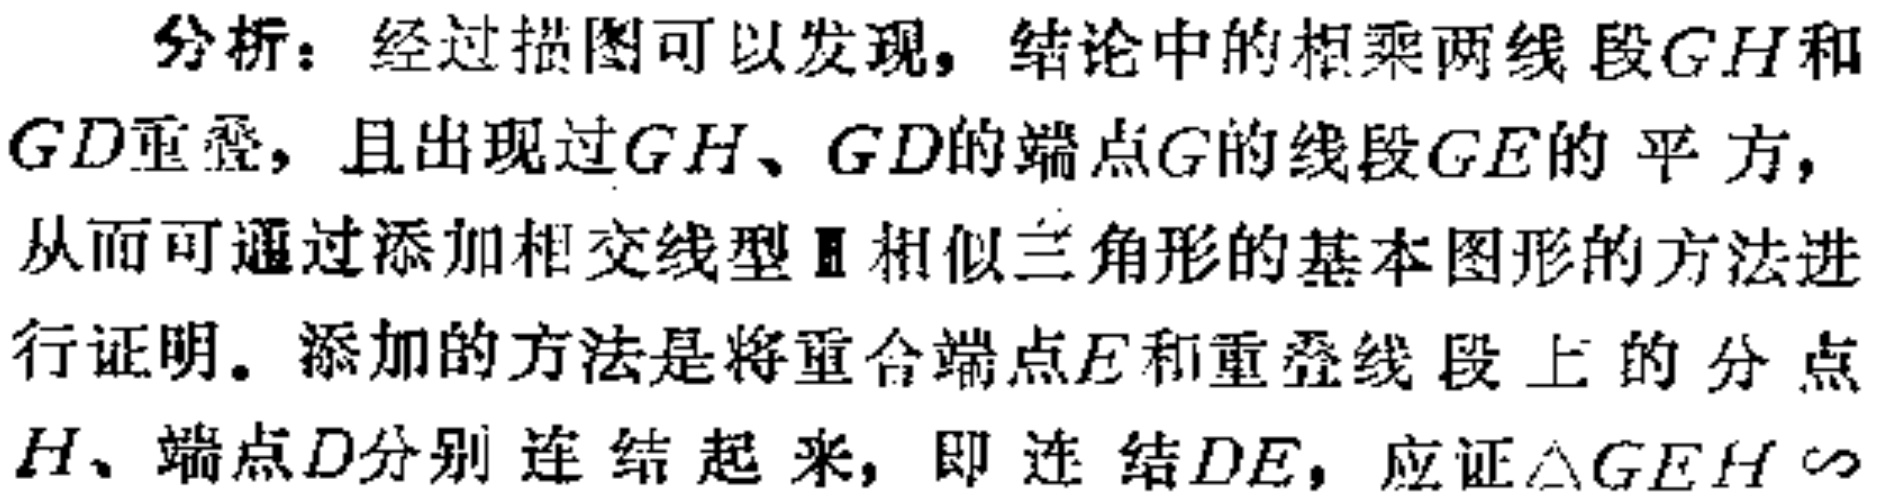
分析：经过描图可以发现，结论中的相乘两线段\(GH\)和\(GD\)重叠，且出现过\(GH\)、\(GD\)的端点\(G\)的线段\(GE\)的平方，从而可通过添加相交线型Ⅲ相似三角形的基本图形的方法进行证明。添加的方法是将重合端点\(E\)和重叠线段上的分点\(H\)、端点\(D\)分别连结起来，即连结\(DE\)，应证\(\triangle GEH\sim\)